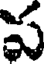
ప